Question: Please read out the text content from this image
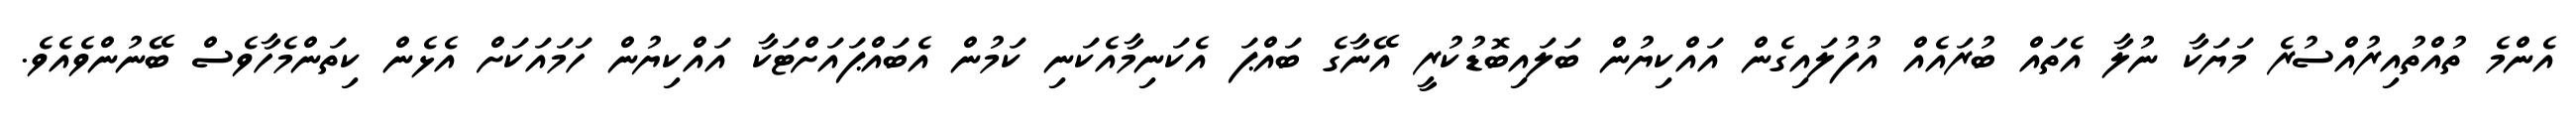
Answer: އެންމެ ތުއްތުއިރުއްސުރެ މަޔަކާ ނުލާ އެތައް ބުރައެއް އުފުލައިގެން އައްކިޔުން ބަލައިބޮޑުކުރީ އޭނާގެ ބައްޕަ އެކަނިމާއެކަނި ކަމުން އެބައްޕައަށްޓަކާ އައްކިޔުން ހަމައަކަށް އެޅެން ކިތަންމެހާވެސް ބޭނުންވެއެވެ.